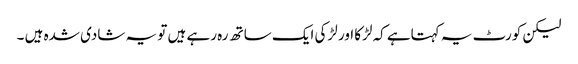
لیکن کورٹ یہ کہتاہے کہ لڑکا اور لڑکی ایک ساتھ رہ رہے ہیں تو یہ شادی شدہ ہیں ۔